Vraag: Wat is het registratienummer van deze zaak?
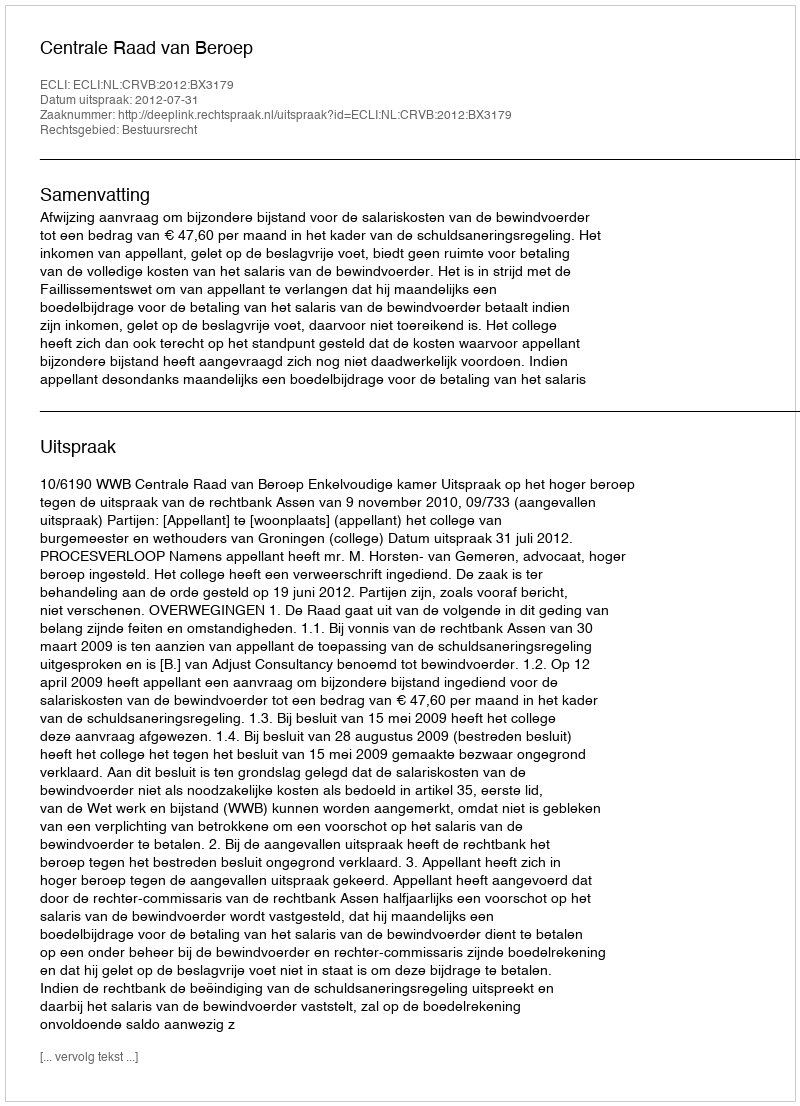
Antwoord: http://deeplink.rechtspraak.nl/uitspraak?id=ECLI:NL:CRVB:2012:BX3179